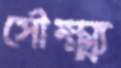
সৌক্ষ্ম্য